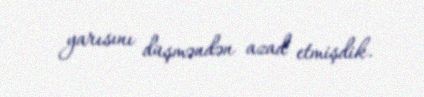
yarısını düşməndən azad etmişdik.